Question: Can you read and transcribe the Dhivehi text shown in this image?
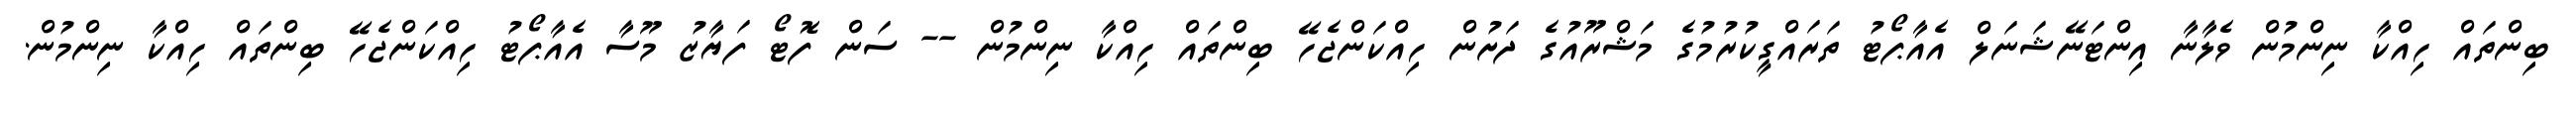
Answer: ބިންތައް ހިއްކާ ނިންމުން ވެލާނާ އިންޓަނޭޝަނަލް އެއާޕޯޓު ތަރައްގީކުރުމުގެ މަޝްރޫއުގެ ދަށުން ހިއްކަންޖެހޭ ބިންތައް ހިއްކާ ނިންމުން -- ސަން ފޮޓޯ ފަޔާޒު މޫސާ އެއާޕޯޓު ހިއްކަންޖެހޭ ބިންތައް ހިއްކާ ނިންމުން.